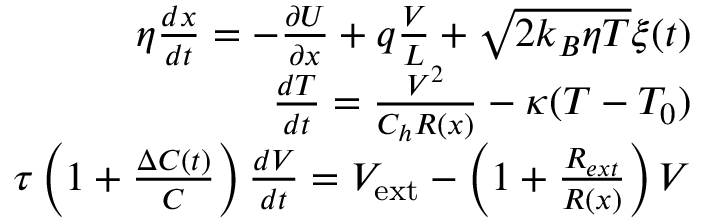
\begin{array} { r } { \eta \frac { d x } { d t } = - \frac { \partial U } { \partial x } + q \frac { V } { L } + \sqrt { 2 k _ { B } \eta T } \xi ( t ) } \\ { \frac { d T } { d t } = \frac { V ^ { 2 } } { C _ { h } R ( x ) } - \kappa ( T - T _ { 0 } ) } \\ { \tau \left( 1 + \frac { \Delta C ( t ) } { C } \right) \frac { d V } { d t } = V _ { \mathrm { e x t } } - \left( 1 + \frac { R _ { e x t } } { R ( x ) } \right) V } \end{array}